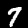
Label: 7